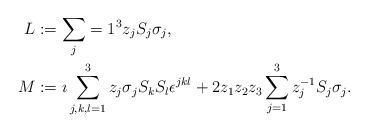
LaTeX: \begin{align*}L&:=\sum_j=1^3z_jS_j\sigma_j, \\M&:=\imath \sum_{j,k,l=1}^3z_j\sigma_jS_kS_l\epsilon^{jkl}+2z_1z_2z_3\sum_{j=1}^3z_j^{-1}S_j\sigma_j.\end{align*}